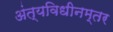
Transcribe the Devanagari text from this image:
अंत्यविधीनम्तर